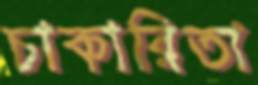
চাকারিতা